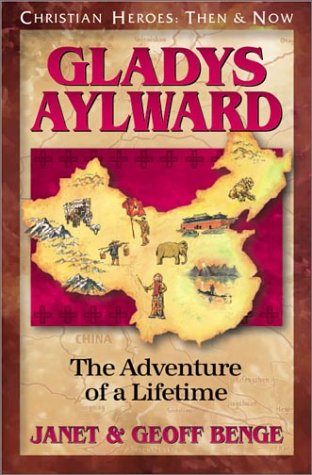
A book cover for Gladys Aylward: The Adventure of a Lifetime (Christian Heroes: Then & Now); Janet Benge; Christian Books & Bibles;